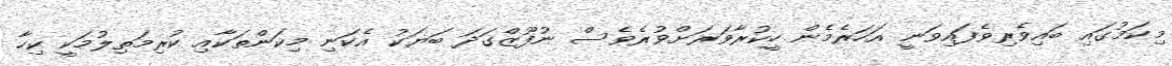
މިކަމުގައި ބައިވެރިވެފައިވަނީ އަހަރެމެން ހީކުރާވަރަށްވުރެވެސް ނުފޫޒްގަދަ ބަޔަކު އެކަނި މިކަންތަކާއި ކުރިމަތިލުމަކީ ކިހާ